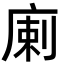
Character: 𢉨